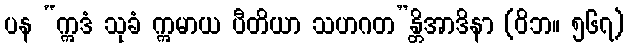
ပန “ဣဒံ သုခံ ဣမာယ ပီတိယာ သဟဂတ”န္တိအာဒိနာ (ဝိဘ။ ၅၆၇)